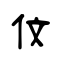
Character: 伩